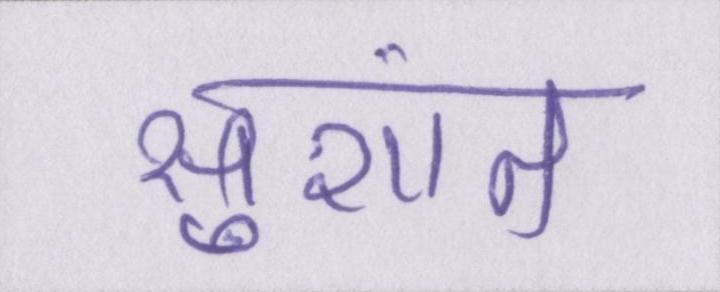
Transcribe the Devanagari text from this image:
सुशांत